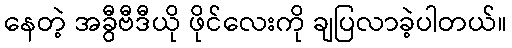
နေတဲ့ အခွီဗီဒီယို ဖိုင်လေးကို ချပြလာခဲ့ပါတယ်။